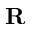
{ \bf R }